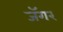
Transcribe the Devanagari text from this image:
जॅगर